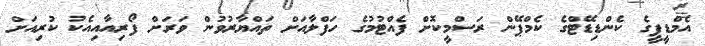
އެމްޑީޕީގެ ކެންޑިޑޭޓްގެ ކެމްޕޭން ރަސްމީކޮށް ފެއްޓުމުގެ ހަފްލާއަށް ތައްޔާރުވުން ވަރަށް ފޯރިއާއިއެކު ކުރިއަށް